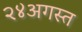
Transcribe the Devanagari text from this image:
२४अगस्त